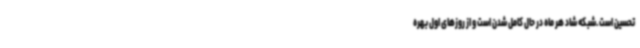
تحسین است .شبکه شاد هر ماه در حال کامل شدن است و از روزهای اول بهره